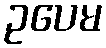
ဥပေမ